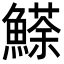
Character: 𩻓